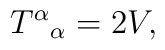
T^{\alpha }{}_{\alpha }=2V,